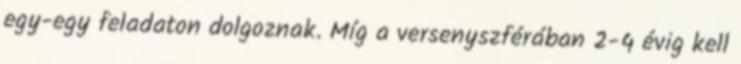
egy-egy feladaton dolgoznak. Míg a versenyszférában 2-4 évig kell